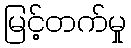
မြင့်တက်မှု